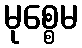
မုစ္စေမ